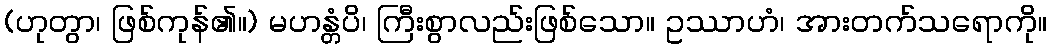
(ဟုတွာ၊ ဖြစ်ကုန်၏။) မဟန္တံပိ၊ ကြီးစွာလည်းဖြစ်သော။ ဥဿာဟံ၊ အားတက်သရောကို။